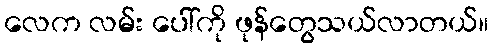
လေက လမ်း ပေါ်ကို ဖုန်တွေသယ်လာတယ်။